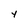
Character: Y